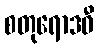
စတုရောဒဓီ